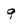
Character: g